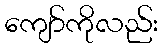
ကျော်ကိုလည်း